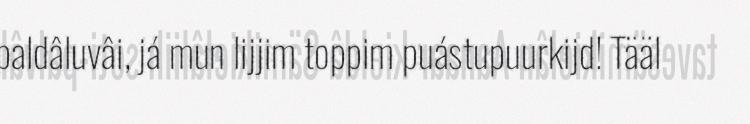
paldâluvâi, já mun lijjim toppim puástupuurkijd! Tääl